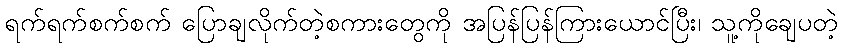
ရက်ရက်စက်စက် ပြောချလိုက်တဲ့စကားတွေကို အပြန်ပြန်ကြားယောင်ပြီး၊ သူ့ကိုချေပတဲ့